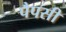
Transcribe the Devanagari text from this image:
पैपसी